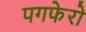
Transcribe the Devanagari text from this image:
पगफेरो